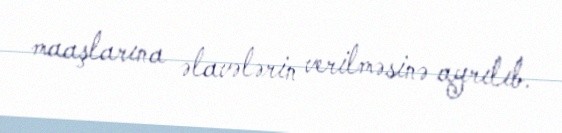
maaşlarına əlavələrin verilməsinə ayrılıb.